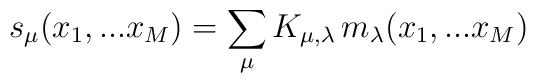
s_{\mu}(x_1,...x_M)=\sum_{\mu}K_{\mu,\lambda}\, m_{\lambda}(x_1,...x_M)